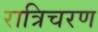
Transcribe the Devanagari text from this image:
रात्रिचरण